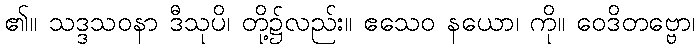
၏။ သဒ္ဒသဝနာ ဒီသုပိ၊ တို့၌လည်း။ ဧသေဝ နယော၊ ကို။ ဝေဒိတဗ္ဗော၊